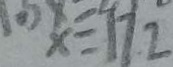
x = 1 7 . 2